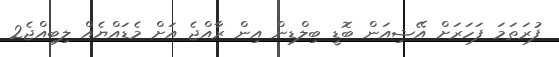
ފުރަތަމަ ފަހަރަށް އޭޝިއަން ބޮޑީ ބިލްޑިން އިން ރާއްޖެ އަށް މެޑައްޔެއް ލިބިއްޖެ2